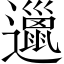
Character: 邋